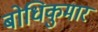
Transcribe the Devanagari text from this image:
बोधिकुमार